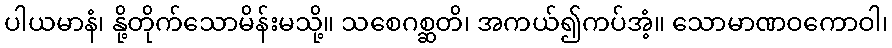
ပါယမာနံ၊ နို့တိုက်သောမိန်းမသို့။ သစေဂစ္ဆတိ၊ အကယ်၍ကပ်အံ့။ သောမာဏဝကောဝါ၊